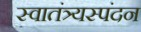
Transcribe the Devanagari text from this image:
स्वातंत्र्यस्पंदन